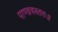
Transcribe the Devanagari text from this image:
पाण्डवस्ततः॥